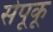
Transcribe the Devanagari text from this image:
सेपूकू